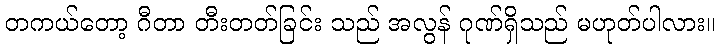
တကယ်တော့ ဂီတာ တီးတတ်ခြင်း သည် အလွန် ဂုဏ်ရှိသည် မဟုတ်ပါလား။